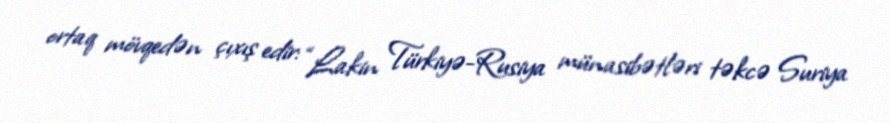
ortaq mövqedən çıxış edir: “Lakin Türkiyə-Rusiya münasibətləri təkcə Suriya